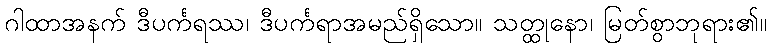
ဂါထာအနက် ဒီပင်္ကရဿ၊ ဒီပင်္ကရာအမည်ရှိသော။ သတ္ထုနော၊ မြတ်စွာဘုရား၏။